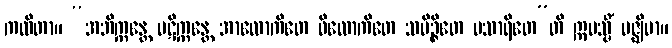
ကထိတာ။ “အဘိက္ကန္တေ ပဋိက္ကန္တေ အာလောကိတေ ဝိလောကိတေ သမိဉ္ဇိတေ ပသာရိတေ”တိ ဣမသ္မိံ မဇ္ဈိမာ။